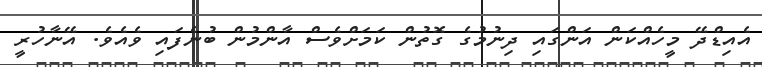
އެއިޑްދޭ މީހެއްކަން އަންގައި ދިނުމުގެ ގޮތުން ކަމަށްވެސް އާންމުން ބުނެފައި ވެއެވެ. އޭނާހުރީ